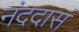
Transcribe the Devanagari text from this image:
नंददासं